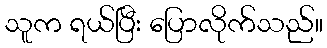
သူက ရယ်ပြီး ပြောလိုက်သည်။